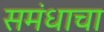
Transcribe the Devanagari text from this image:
समंधाचा